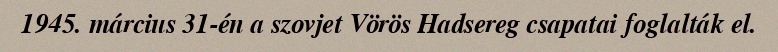
1945. március 31-én a szovjet Vörös Hadsereg csapatai foglalták el.